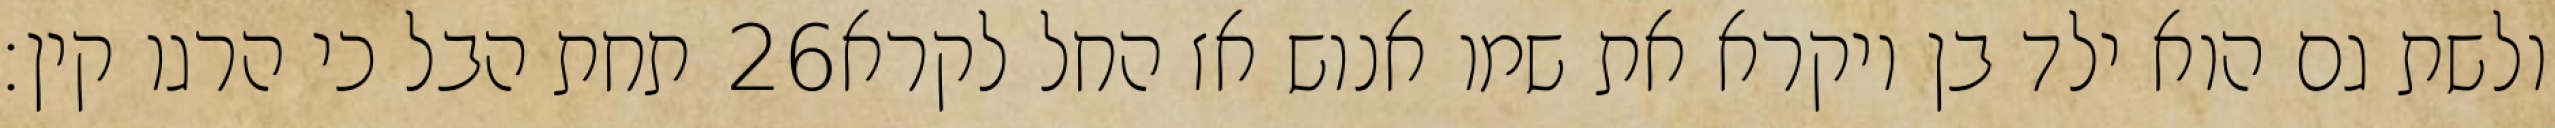
תחת הבל כי הרגו קין׃ ‎26‏ ולשת גם הוא ילד בן ויקרא את שמו אנוש אז החל לקרא